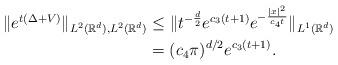
LaTeX: \begin{align*}\|e^{t(\Delta+V)}\|_{L^2(\mathbb{R}^d), L^2(\mathbb{R}^d)} &\leq \|t^{-\frac{d}{2}}e^{c_3(t+1)}e^{-\frac{|x|^2}{c_4t}}\|_{L^1(\mathbb{R}^d)}\\&=(c_4\pi)^{d/2}e^{c_3(t+1)}.\end{align*}